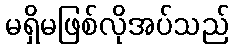
မရှိမဖြစ်လိုအပ်သည်